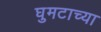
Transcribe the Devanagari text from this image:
घुमटाच्या